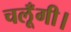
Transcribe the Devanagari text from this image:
चलूँगी।